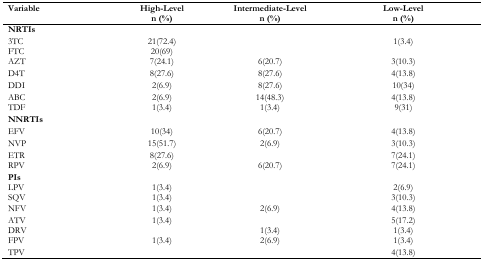
| Variable | High-Level n (%) | Intermediate-Level n (%) | Low-Level n (%) |
 | --- | --- | --- | --- |
 | <COLSPAN=4> NRTIs |
 | 3TC | 21(72.4) |  | 1(3.4) |
 | FTC | 20(69) |  |  |
 | AZT | 7(24.1) | 6(20.7) | 3(10.3) |
 | D4T | 8(27.6) | 8(27.6) | 4(13.8) |
 | DDI | 2(6.9) | 8(27.6) | 10(34) |
 | ABC | 2(6.9) | 14(48.3) | 4(13.8) |
 | TDF | 1(3.4) | 1(3.4) | 9(31) |
 | <COLSPAN=4> NNRTIs |
 | EFV | 10(34) | 6(20.7) | 4(13.8) |
 | NVP | 15(51.7) | 2(6.9) | 3(10.3) |
 | ETR | 8(27.6) |  | 7(24.1) |
 | RPV | 2(6.9) | 6(20.7) | 7(24.1) |
 | <COLSPAN=4> PIs |
 | LPV | 1(3.4) |  | 2(6.9) |
 | SQV | 1(3.4) |  | 3(10.3) |
 | NFV | 1(3.4) | 2(6.9) | 4(13.8) |
 | ATV | 1(3.4) |  | 5(17.2) |
 | DRV |  | 1(3.4) | 1(3.4) |
 | FPV | 1(3.4) | 2(6.9) | 1(3.4) |
 | TPV |  |  | 4(13.8) |